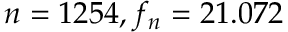
n = 1 2 5 4 , f _ { n } = 2 1 . 0 7 2